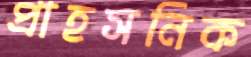
প্রাহসনিক